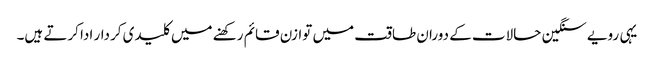
یہی رویے سنگین حالات کے دوران طاقت میں توازن قائم رکھنے میں کلیدی کردار ادا کرتے ہیں۔